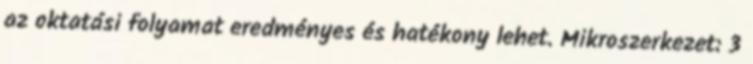
az oktatási folyamat eredményes és hatékony lehet. Mikroszerkezet: 3